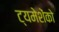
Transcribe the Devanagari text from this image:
ट्यमेशेंको